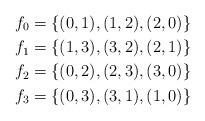
LaTeX: \begin{align*} f_0&=\{(0,1),(1,2),(2,0)\}\\ f_1&=\{(1,3),(3,2),(2,1)\}\\ f_2&=\{(0,2),(2,3),(3,0)\}\\ f_3&=\{(0,3),(3,1),(1,0)\} \end{align*}